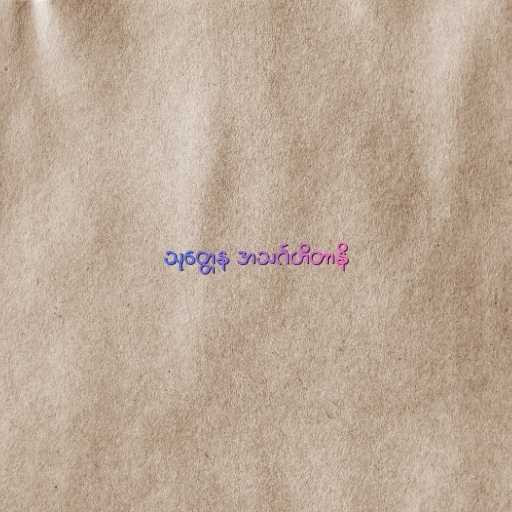
သုတ္တေန အသင်္ဂဟိတာနိ